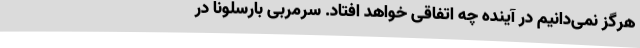
هرگز نمی‌دانیم در آینده چه اتفاقی خواهد افتاد. سرمربی بارسلونا در